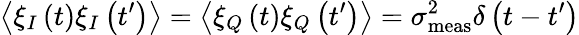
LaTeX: \left\langle\xi_{I}\left(t\right)\xi_{I}\left(t^{\prime}\right)\right\rangle=\left\langle\xi_{Q}\left(t\right)\xi_{Q}\left(t^{\prime}\right)\right\rangle=\sigma_{\mathrm{meas}}^{2}\delta\left(t-t^{\prime}\right)